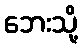
ဘေးသို့